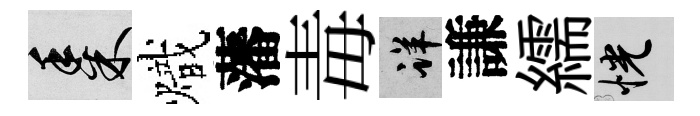
黍熾藩毒详謙繻恍